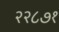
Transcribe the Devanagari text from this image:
२२८७१